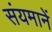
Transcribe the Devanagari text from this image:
संयमानें